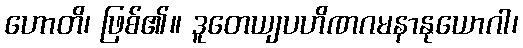
ဟောတိ၊ ဖြစ်၏။ ဒူတေယျပဟိဏဂမနာနုယောဂါ၊